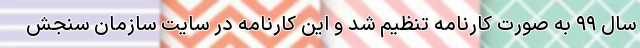
سال ۹۹ به صورت کارنامه تنظیم شد و این کارنامه در سایت سازمان سنجش